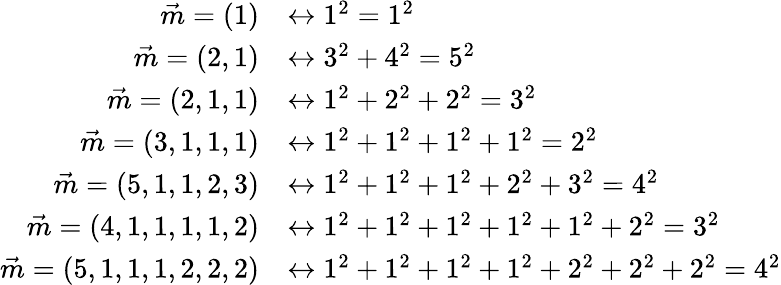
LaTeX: {\begin{array}{rl}{{\vec{m}}=(1)}&{\leftrightarrow 1^{2}=1^{2}}\\ {{\vec{m}}=(2,1)}&{\leftrightarrow 3^{2}+4^{2}=5^{2}}\\ {{\vec{m}}=(2,1,1)}&{\leftrightarrow 1^{2}+2^{2}+2^{2}=3^{2}}\\ {{\vec{m}}=(3,1,1,1)}&{\leftrightarrow 1^{2}+1^{2}+1^{2}+1^{2}=2^{2}}\\ {{\vec{m}}=(5,1,1,2,3)}&{\leftrightarrow 1^{2}+1^{2}+1^{2}+2^{2}+3^{2}=4^{2}}\\ {{\vec{m}}=(4,1,1,1,1,2)}&{\leftrightarrow 1^{2}+1^{2}+1^{2}+1^{2}+1^{2}+2^{2}=3^{2}}\\ {{\vec{m}}=(5,1,1,1,2,2,2)}&{\leftrightarrow 1^{2}+1^{2}+1^{2}+1^{2}+2^{2}+2^{2}+2^{2}=4^{2}}\end{array}}